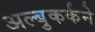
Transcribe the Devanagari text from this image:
अल्बुकर्कने